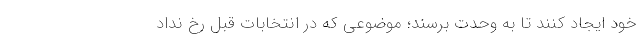
خود ایجاد کنند تا به وحدت برسند؛ موضوعی که در انتخابات قبل رخ نداد